Report on the working of the Ranchi Indian Mental Hospital, Kanke, in Bihar and Orissa - 1930-1940
Year: 1930
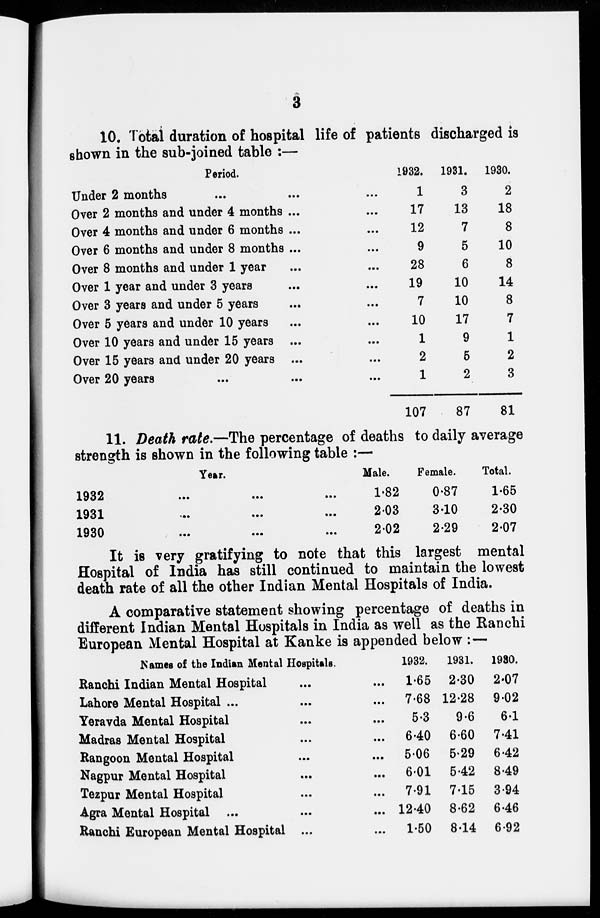
3
10. Total duration of hospital life of patients discharged is
shown in the sub-joined table :—
Period.
Under 2 months ... ... ...
Over 2 months and under 4 months ... ...
Over 4 months and under 6 months ... ...
Over 6 months and under 8 months ... ...
Over 8 months and under 1 year ... ...
Over 1 year and under 3 years ... ...
Over 3 years and under 5 years ... ...
Over 5 years and under 10 years ... ...
Over 10 years and under 15 years ... ...
Over 15 years and under 20 years ... ...
Over 20 years ... ... ...
1932.
1
17
12
9
28
19
7
10
1
2
1
107
1931.
3
13
7
5
6
10
10
17
9
5
2
87
1930.
2
18
8
10
8
14
8
7
1
2
3
81
11. Death rate.—The percentage of deaths to daily average
strength is shown in the following table :—
Year.
1932
...
...
...
1931
...
...
...
1930
...
...
...
Male.
1.82
2.03
2.02
Female.
0.87
3.10
2.29
Total.
1.65
2.30
2.07
It is very gratifying to note that this largest mental
Hospital of India has still continued to maintain the lowest
death rate of all the other Indian Mental Hospitals of India.
A comparative statement showing percentage of deaths in
different Indian Mental Hospitals in India as well as the Ranchi
European Mental Hospital at Kanke is appended below :—
Names of the Indian Mental Hospitals.
Ranchi Indian Mental Hospital ... ...
Lahore Mental Hospital ... ...
Yeravda Mental Hospital ... ...
Madras Mental Hospital ... ...
Rangoon Mental Hospital ... ...
Nagpur Mental Hospital ... ...
Tezpur Mental Hospital ... ...
Agra Mental Hospital ... ...
Ranchi European Mental Hospital ... ...
1932.
1.65
7.68
5.3
6.40
5.06
6.01
7.91
12.40
1.50
1931.
2.30
12.28
9.6
6.60
5.29
5.42
7.15
8.62
8.14
1930.
2.07
9.02
6.1
7.41
6.42
8.49
3.94
6.46
6.92